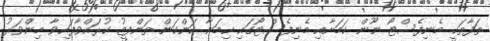
ތަފާތަކީ މެނިފެސްޓޯ ނޫން ކަމަށާއި މެނިފެސްޓޯގައި ހިމަނާ ކަންކަން ތަންފީޒު ކުރައްވާފައިވާ މިންވަރު